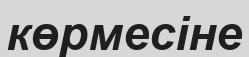
көрмесіне